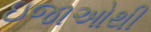
ઇજાઓથી